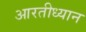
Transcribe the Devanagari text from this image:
आरतीध्यान